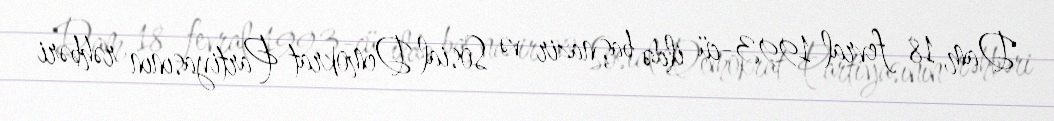
Dam, 18 fevral 1993-cü ildə baş nazir və Sosial Demokrat Partiyasının rəhbəri